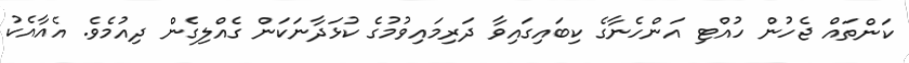
ކަންތައް ޖެހުން ހުއްޓި އަންހެނާގެ ކިބައިގައިވާ ދަރިމައިވުމުގެ ކުޅަދާނަކަން ގެއްލިގެން ދިއުމެވެ. އެއާއެކު